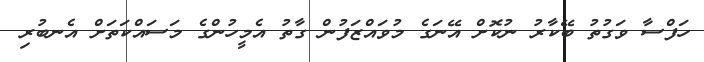
ހަފްސާ ވަގުތު ބޭކާރު ނުކޮށް އޭނަގެ މުވައްޒަފުން ގާތު އެމީހުންގެ މަސައްކަތަށް އެނބުރި